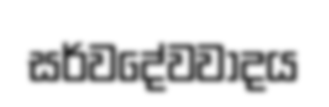
සර්වදේවවාදය